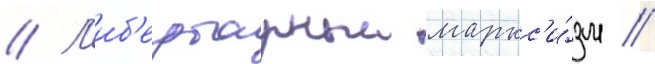
// Л'иб'ертарныи маркс'и́зм //